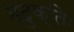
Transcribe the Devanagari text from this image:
मदुक्तिः